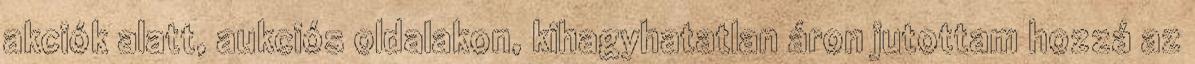
akciók alatt, aukciós oldalakon, kihagyhatatlan áron jutottam hozzá az